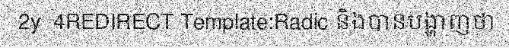
2y  4REDIRECT Template:Radic និងបានបង្ហាញថា